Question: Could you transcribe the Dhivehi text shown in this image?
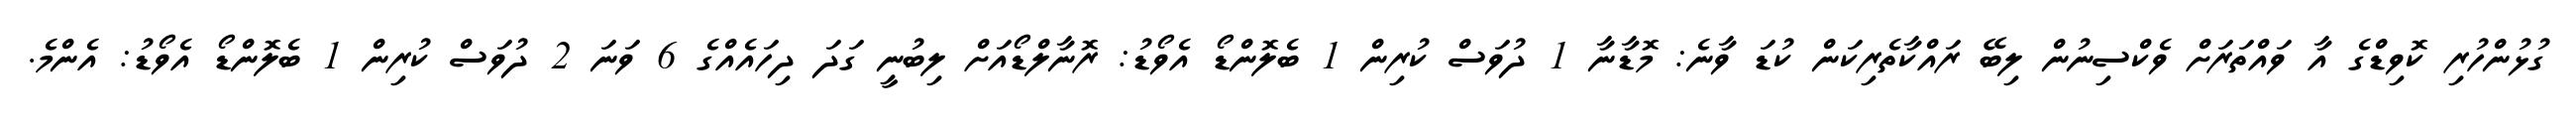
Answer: ގުޅުންހުރި ކޮވިޑްގެ އާ ވައްތަރަށް ވެކްސިނުން ލިބޭ ރައްކާތެރިކަން ކުޑަ ވާނެ: މޮޑާނާ 1 ދުވަސް ކުރިން 1 ބެލޮންޑޯ އެވޯޑު: ރޮނާލްޑޯއަށް ލިބުނީ ގަދަ ދިހައެއްގެ 6 ވަނަ 2 ދުވަސް ކުރިން 1 ބެލޮންޑޯ އެވޯޑު: އެންމެ.